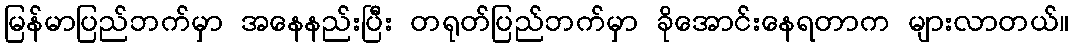
မြန်မာပြည်ဘက်မှာ အနေနည်းပြီး တရုတ်ပြည်ဘက်မှာ ခိုအောင်းနေရတာက များလာတယ်။